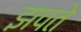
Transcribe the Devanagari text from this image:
झपते